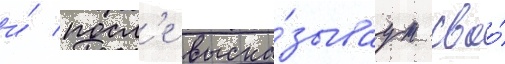
и́ посл'е выска́зываут своо́